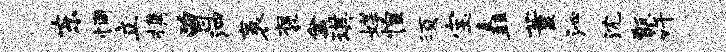
东惆立携曾泗袤褒禽琪媒惶须宝矗董沁沈甑许